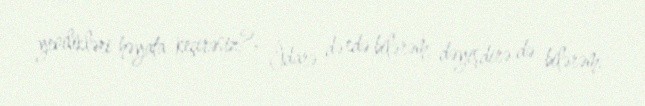
yenilikləri həyata keçirəsiz?- İdarə də edə bilərəm, dəyişdirə də bilərəm.